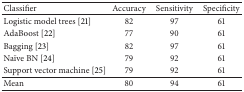
| Classifier | Accuracy | Sensitivity | Specificity |
 | --- | --- | --- | --- |
 | Logistic model trees [21] | 82 | 97 | 61 |
 | AdaBoost [22] | 77 | 90 | 61 |
 | Bagging [23] | 82 | 97 | 61 |
 | Naïve BN [24] | 79 | 92 | 61 |
 | Support vector machine [25] | 79 | 92 | 61 |
 | Mean | 80 | 94 | 61 |